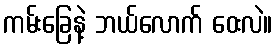
ကမ်းခြေနဲ့ ဘယ်လောက် ဝေးလဲ။